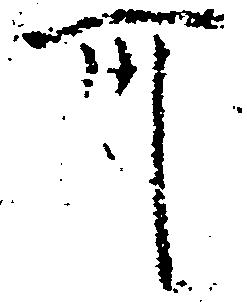
卅